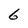
Character: 6